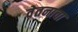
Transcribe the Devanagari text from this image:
वेतनाचा